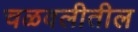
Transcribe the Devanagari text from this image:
चळवलीतील